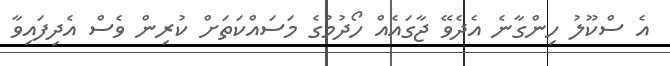
އެ ސްކޫލު ހިންގާނެ އެދެވޭ ޖާގައެއް ހޯދުމުގެ މަސައްކަތަށް ކުރިން ވެސް އެދިފައިވާ